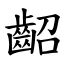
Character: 齠